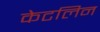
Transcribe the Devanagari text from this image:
केटलिन